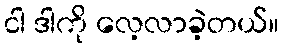
ငါ ဒါကို လေ့လာခဲ့တယ်။